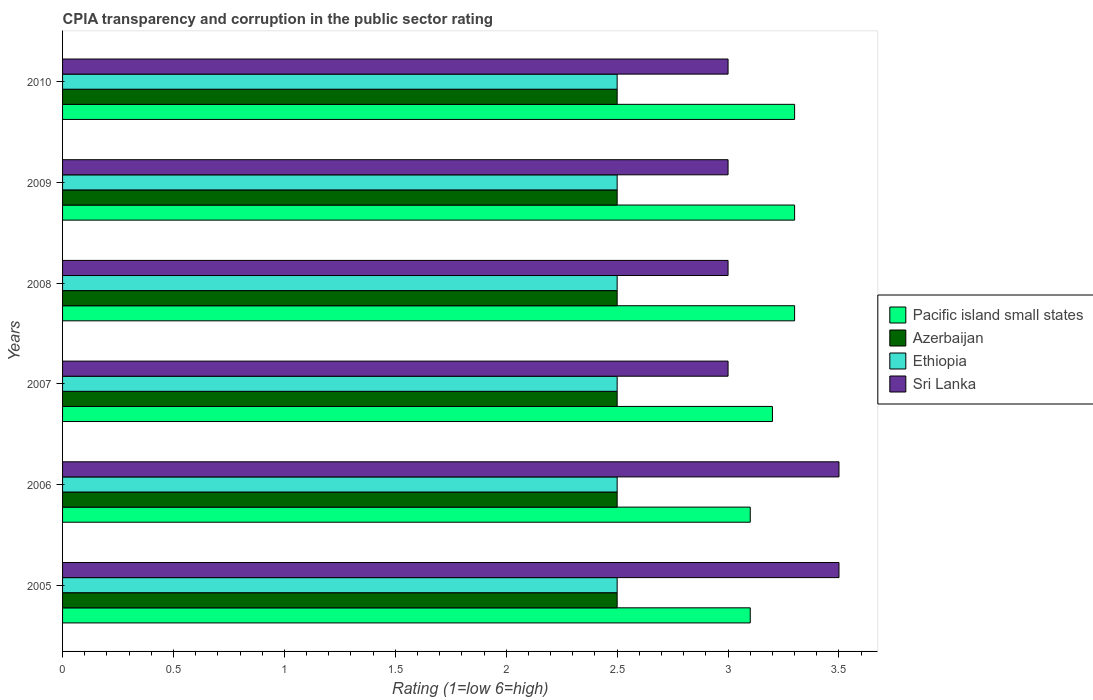
| Years | Pacific island small states | Azerbaijan | Ethiopia | Sri Lanka |
 | --- | --- | --- | --- | --- |
 | 2005 | 3.1 | 2.5 | 2.5 | 3.5 |
 | 2006 | 3.1 | 2.5 | 2.5 | 3.5 |
 | 2007 | 3.2 | 2.5 | 2.5 | 3 |
 | 2008 | 3.3 | 2.5 | 2.5 | 3 |
 | 2009 | 3.3 | 2.5 | 2.5 | 3 |
 | 2010 | 3.3 | 2.5 | 2.5 | 3 |